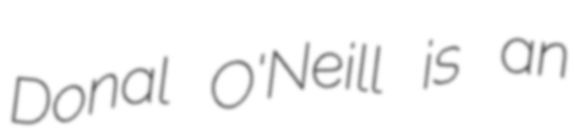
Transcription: Donal O'Neill is an